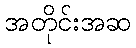
အတိုင်းအဆ